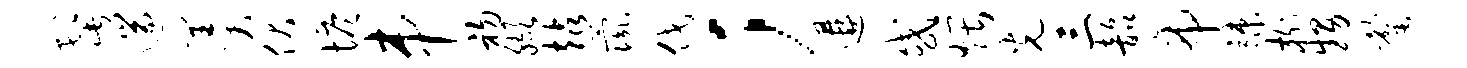
髭遄羹伏塔串初缬站彘伐；遘或煨光三韶帝竦榭甥罄